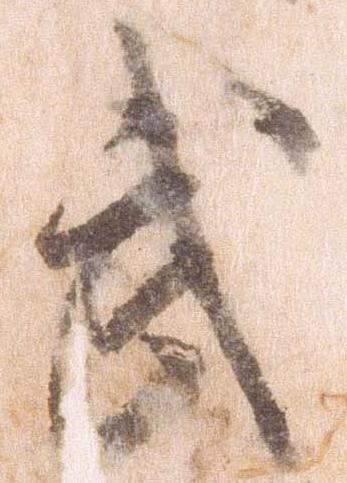
武